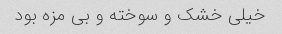
خیلی خشک و سوخته و بی مزه بود